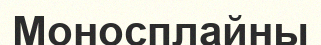
Моносплайны